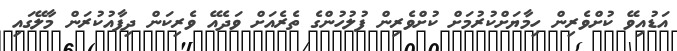
އަޑުއިވޭ ކުށްވެރިން ހިމާޔަށްކުރުމަށް ކުށްވެރިން ފުލުހުންގެ ތެރެއަށް ވަދެއޭ ވެރިކަން ދިފާއުކުރަން މާލޭގައި